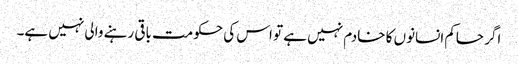
اگر حاکم انسانوں کا خادم نہیں ہے تو اس کی حکومت باقی رہنے والی نہیں ہے۔